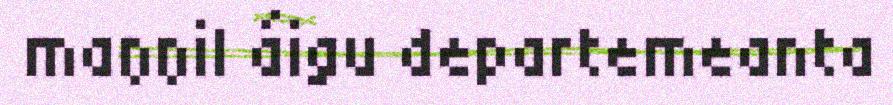
maŋŋil áigu departemeanta